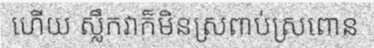
ហើយ ស្លឹកវាក៏មិនស្រពាប់ស្រពោន